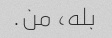
بله، من.